Jaan_Tonisson_(Lasteleht), lk 326
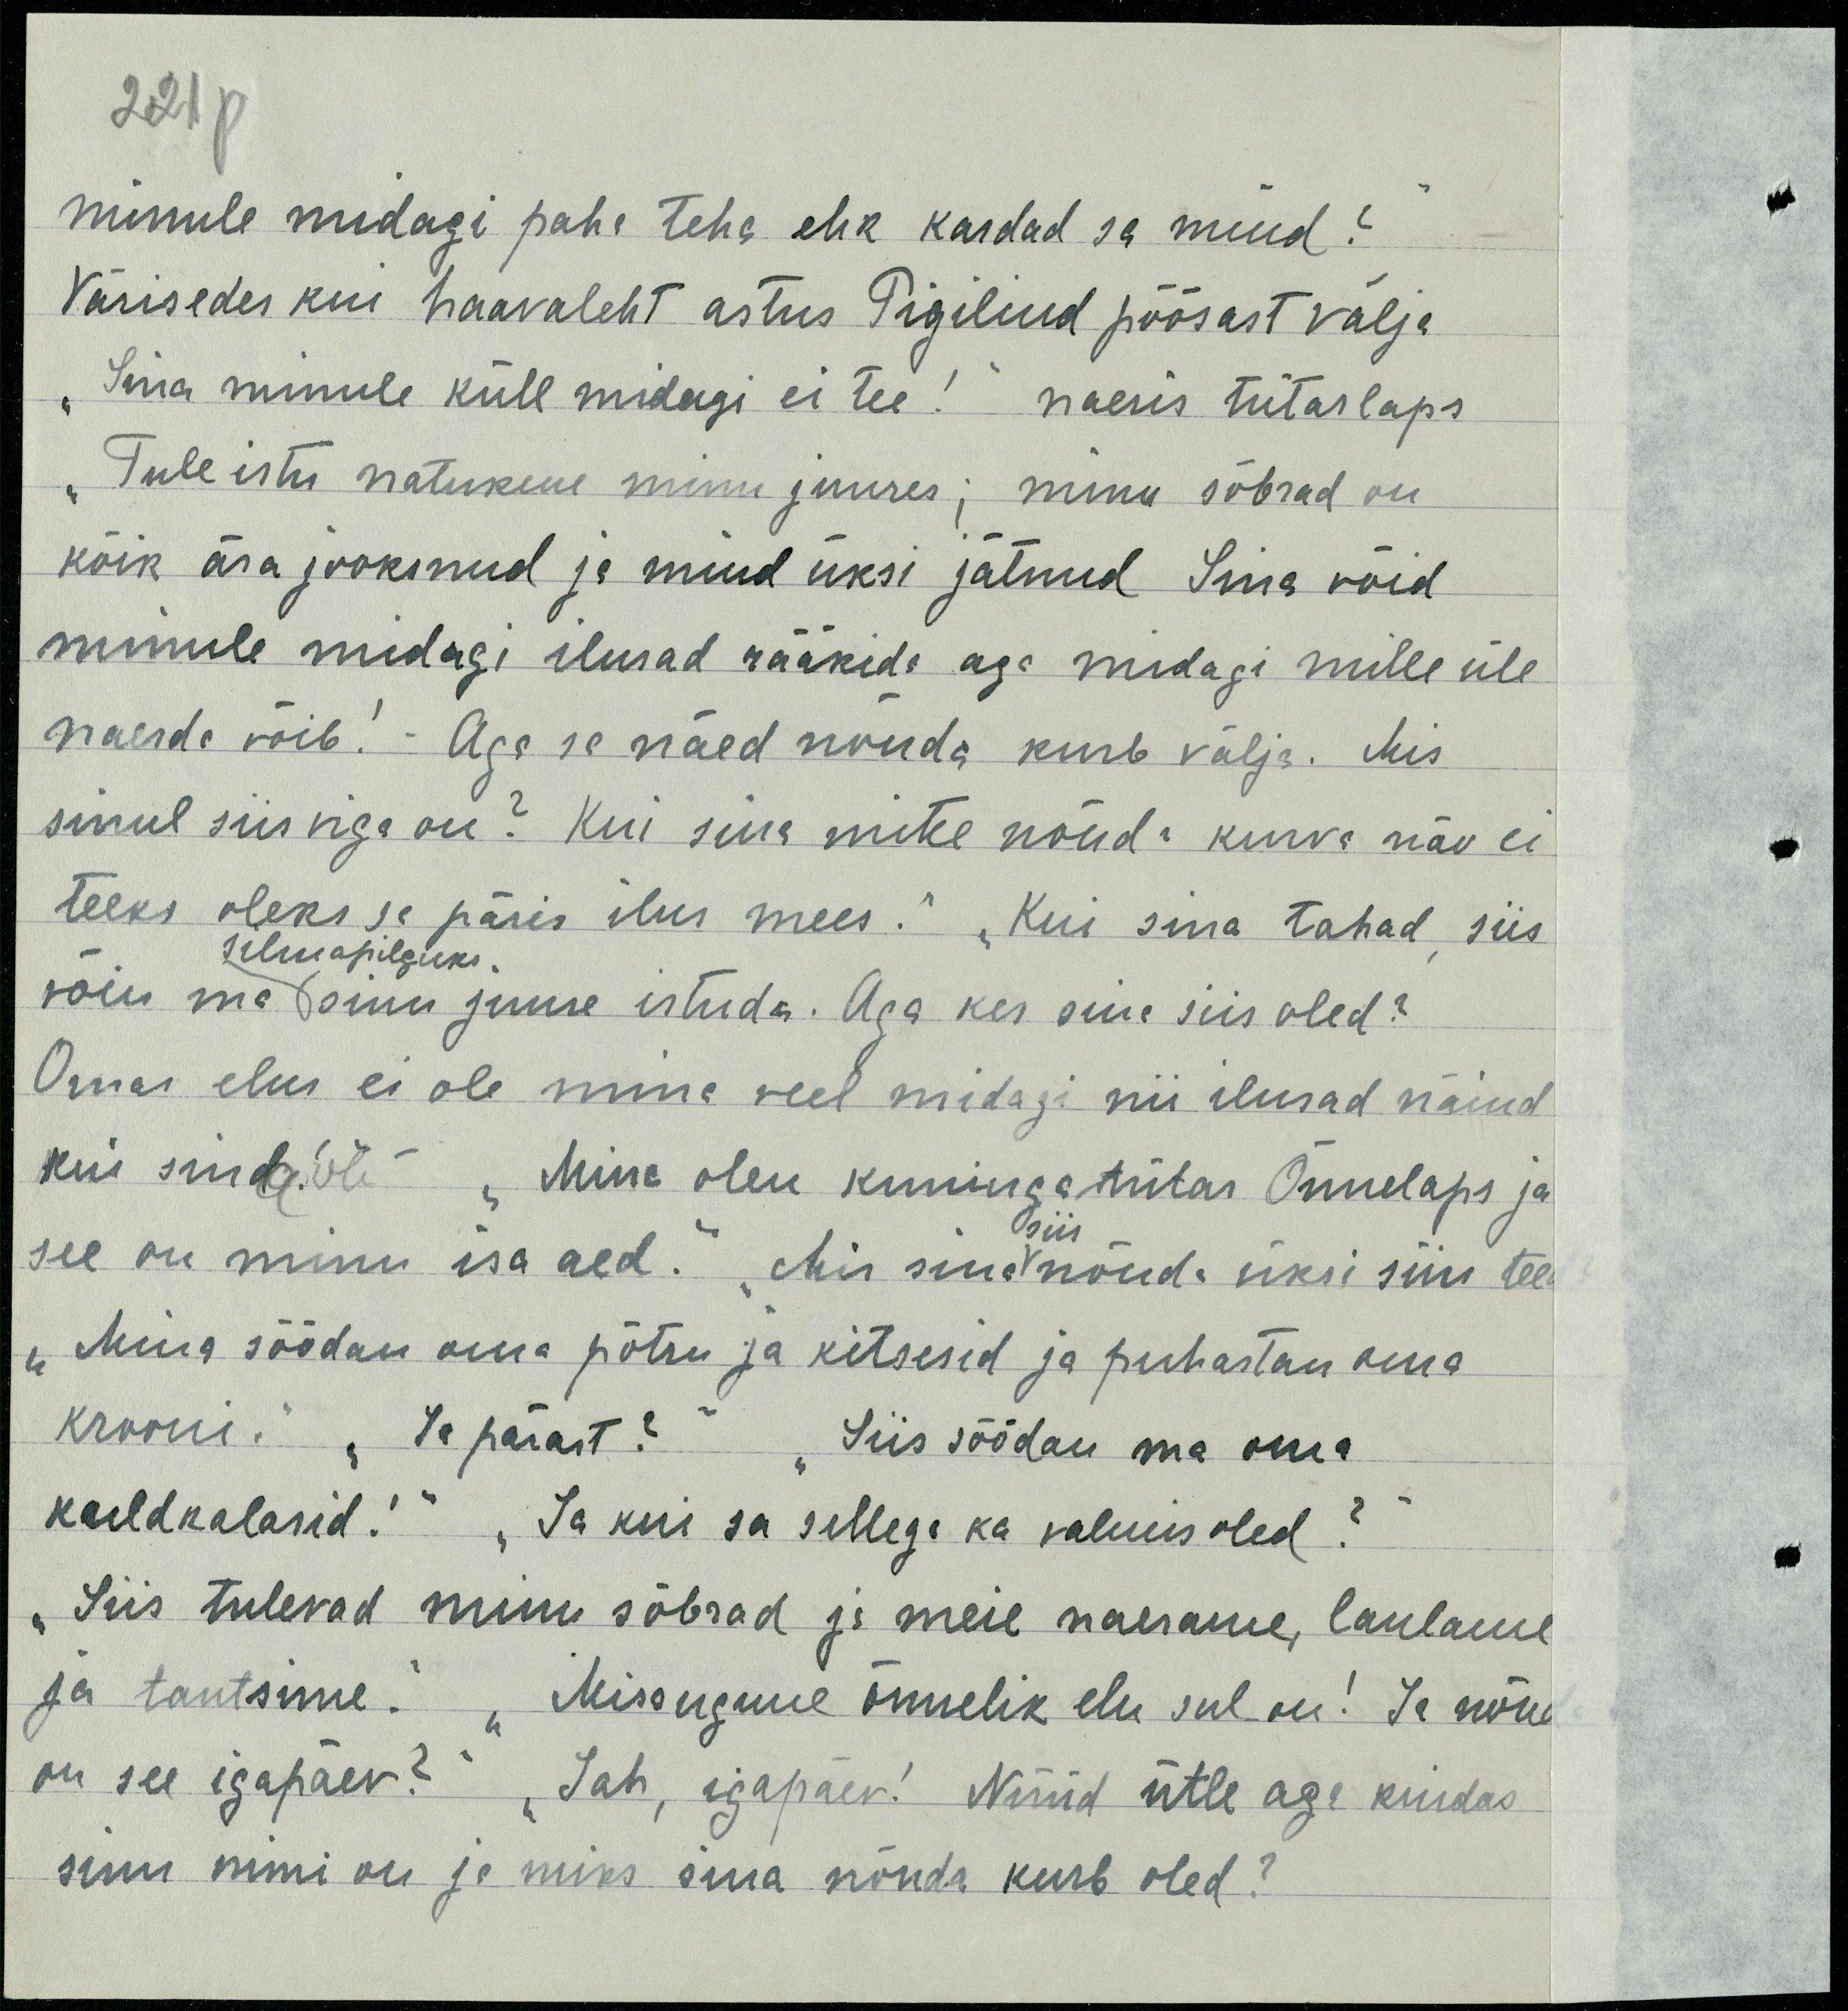
minule midagi paha teha ehk kardad sa muud?
Värisedes kui haavaleht astus Pigilind põõsast välja
"Sina minule küll midagi ei tee!" naeris tütarlaps
"Tule istu natukene minu juures, minu sõbrad on
kõik ära jooksnud ja mind üksi jätnud Sina võid
minule midagi ilusat rääkida aga midagi mille üle 
naerda võib! Aga see näed nõnda kurb välja. Mis
sinul siis viga on? Kui sina mitte nõnda kurva näo ei
teeks oleks se päris ilus mees." "Kui sina tahad, siis
võin ma sinu juurde istuda. Aga kes sina siis oled?
Oma elus ei ole mina veel midagi nii ilusat näinud
kui sinda.õl- "Mina olen kuningatütar Õnnelaps ja
see on minu isa aed. "Mis sina nõnda üksi siin teed
"mina sõõdan oma parti ja kitsesid ja puhastan oma
kraani." "ja pärast?" "Siis söödan ma oma
kuldkalasid!" "Ja kui sa sellega ka valmis oled?"
"Siis tulevad minu sõbrad ja meie naerame, laulame
ja tantsime. Missugune õnnelik elu sul on! Ja nõn
on see igapäev?" "Jah, igapäev! Nüüd ütle aga kuidas
sinu nimi on ja miks sina nõnda kurb oled?